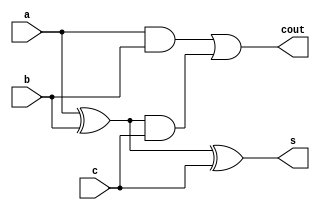
`timescale 1ns / 1ps

module FullAdder (input a, b,
                  input c,
                  output reg s,
                  output reg cout);

    always @ (*) begin
        s = a ^ b ^ c;
        cout = (a & b) | ((a ^ b) & c);
    end

endmodule